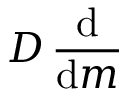
D \, { \frac { \mathrm { d } } { \mathrm { d } m } }